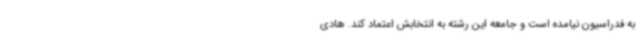
به فدراسیون نیامده است و جامعه این رشته به انتخابش اعتماد کند. هادی